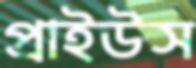
প্রাইউস